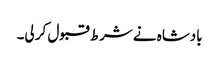
بادشاہ نے شرط قبول کر لی۔